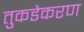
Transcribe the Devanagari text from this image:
तुकडेकरण